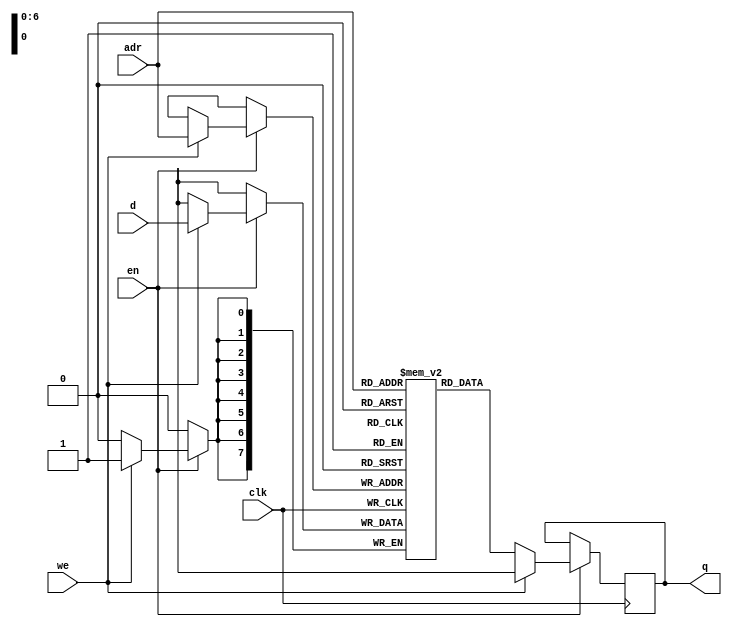
//single-port RAM model 
module SPRAM
#(
parameter data_width = 8,
parameter addr_width = 7,
parameter depth = 128
)(
	adr, d, en, we, clk, q
);

input wire [addr_width-1:0] adr;
input wire [data_width-1:0] d;
input wire en;
input wire we;
input wire clk;
output reg [data_width-1:0] q;

//	reg [data_width-1:0] q;

	reg [data_width-1:0] mem [depth-1:0];

	always @(posedge clk) begin
		if (en) begin
			if (we) begin
				mem[adr] <= d;
				q <= {data_width{1'bX}} ;
			end
			else begin
				q <= mem[adr];
			end
		end
	end

endmodule